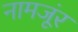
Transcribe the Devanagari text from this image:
नामजूंर